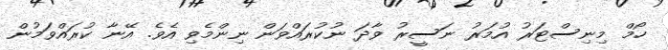
ހޯމް މިނިސްޓަރު އުމަރު ނަސީރު ވާދަ ނުކުރައްވަން ނިންމެވި އެވެ. އޭނާ ކުރައްވަމުން